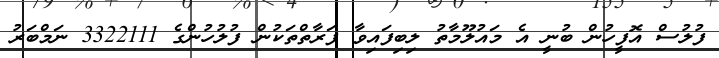
ފުލުސް އޮފީހުން ބުނީ އެ މައުލޫމާތު ލިބިފައިވާ ފަރާތްތަކުން ފުލުހުންގެ 3322111 ނަމްބަރު